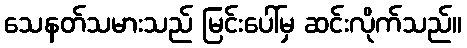
သေနတ်သမားသည် မြင်းပေါ်မှ ဆင်းလိုက်သည်။